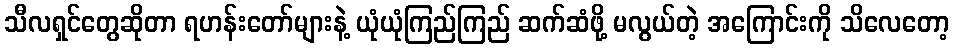
သီလရှင်တွေဆိုတာ ရဟန်းတော်များနဲ့ ယုံယုံကြည်ကြည် ဆက်ဆံဖို့ မလွယ်တဲ့ အကြောင်းကို သိလေတော့